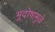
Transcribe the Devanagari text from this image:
भूदोषामुळे